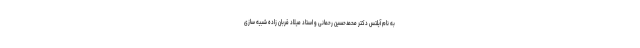
به نام آیلتس دکتر محمدحسین رحمانی و استاد میلاد قربان زاده شبیه سازی